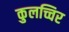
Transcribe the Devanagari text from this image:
कुलच्चिर